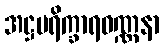
အဋ္ဌပရိက္ခာရဝဏ္ဏနာ